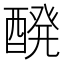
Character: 醗